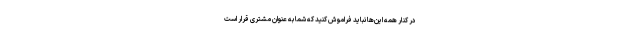
در کنار همه این‌ها نباید فراموش کنید که شما به عنوان مشتری قرار است